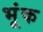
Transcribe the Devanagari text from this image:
भूंक